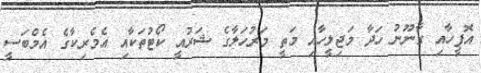
އޮފީހާއި ގާނޫނު ހަދާ މަޖިލީހާއި މަތީ މަރުހަލާގެ ޝަރުއީ ކޯޓުތަކާއި އެމެރިކާގެ އެމްބަސީ